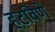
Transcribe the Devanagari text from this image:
हटविणे